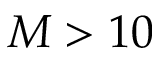
M > 1 0